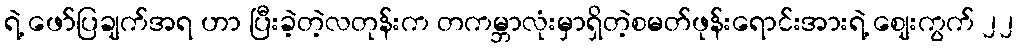
ရဲ့ ဖော်ပြချက်အရ ဟာ ပြီးခဲ့တဲ့လတုန်းက တကမ္ဘာလုံးမှာရှိတဲ့စမတ်ဖုန်းရောင်းအားရဲ့ စျေးကွက် ၂၂